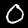
Digit: 0